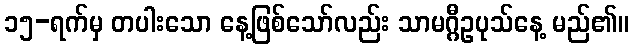
၁၅-ရက်မှ တပါးသော နေ့ဖြစ်သော်လည်း သာမဂ္ဂီဥပုသ်နေ့ မည်၏။